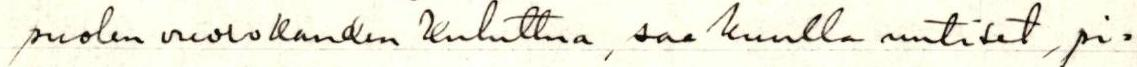
puolen vuorokauden kuluttua, saa kuulla uutiset, pi=